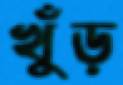
খুঁড়